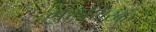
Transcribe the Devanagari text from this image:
गुरुशिखऱ